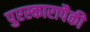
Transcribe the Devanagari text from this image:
पुरस्कारापैकी